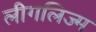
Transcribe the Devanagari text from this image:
लीगलिज्म